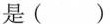
是（）